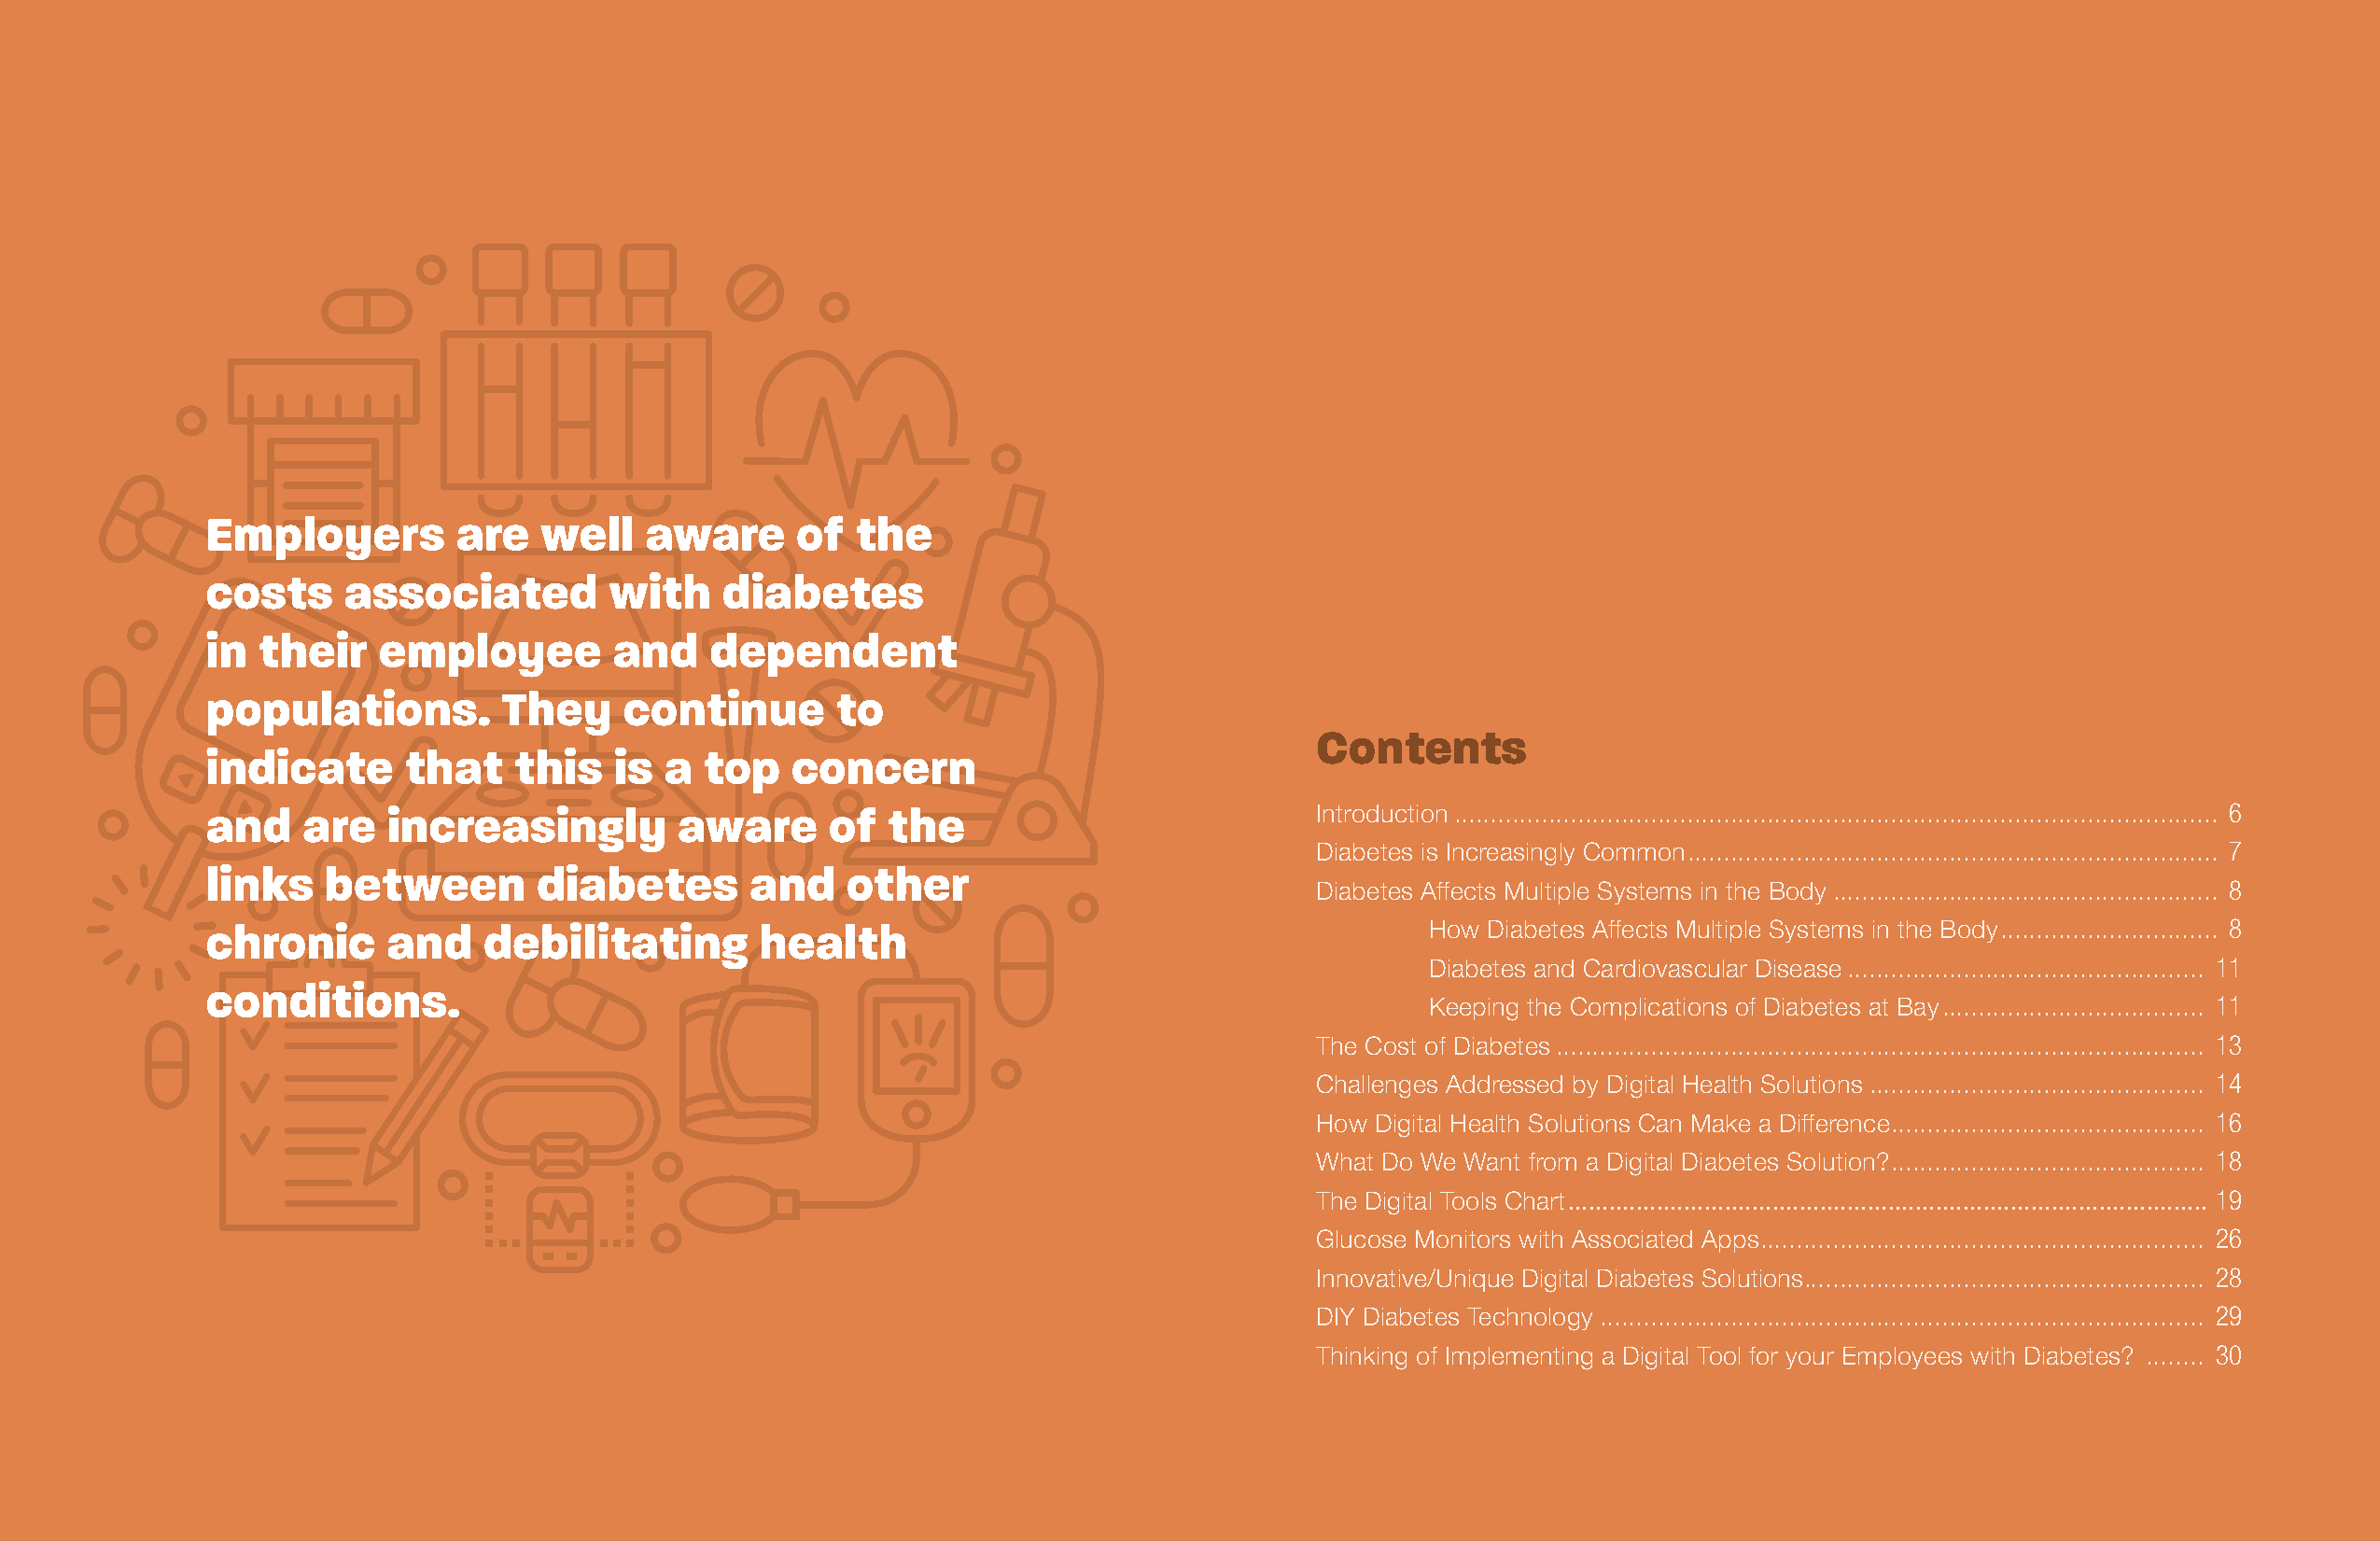
Employers        are   well    aware     of   the
 costs    associated         with    diabetes
 in their    employee        and    dependent
 populations.         They    continue       to
 Contents
 indicate      that   this    is a  top   concern
 and   are   increasingly         aware      of  the                           Introduction ......................................................................................................... 6
 Diabetes is Increasingly Common ......................................................................... 7
 links   between        diabetes       and    other
 Diabetes Affects Multiple Systems in the Body ..................................................... 8
 chronic     and    debilitating        health                                         How  Diabetes Affects Multiple Systems in the Body .............................. 8
 Diabetes and Cardiovascular Disease ................................................. 11
 conditions.
 Keeping the Complications of Diabetes at Bay .................................... 11
 The Cost of Diabetes ......................................................................................... 13
 Challenges Addressed by Digital Health Solutions .............................................. 14
 How  Digital Health Solutions Can Make a Difference ........................................... 16
 What Do We Want from a Digital Diabetes Solution? ........................................... 18
 The Digital Tools Chart .............................................................................................. 19
 Glucose Monitors with Associated Apps ............................................................. 26
 Innovative/Unique Digital Diabetes Solutions. ...................................................... 28
 DIY Diabetes Technology ................................................................................... 29
 Thinking of Implementing a Digital Tool for your Employees with Diabetes? ........ 30
 2                                                                                                                                                                 3